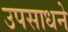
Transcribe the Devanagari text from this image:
उपसाधने